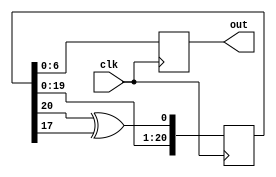
`timescale 1ns / 1ps
//////////////////////////////////////////////////////////////////////////////////
// Company: 
// Engineer: 
// 
// Design Name: 
// Module Name:    random_gen 
// Project Name: 
// Target Devices: 
// Tool versions: 
// Description: 
//
// Dependencies: 
//
// Revision: 
// Revision 0.01 - File Created
// Additional Comments: 
//
//////////////////////////////////////////////////////////////////////////////////
module random_gen(
	input clk, 
	output reg [6:0] out
    );
	 
	 reg [20:0] rand;
	 initial rand = ~(20'b0);
	 reg [20:0] rand_next;
	 wire feed;
	 
	 assign feed = rand[20] ^ rand[17];
	 
	 always @ (posedge clk)
	 begin
		rand <= rand_next;
		out = rand[6:0];
	 end
	 
	 always @ (*)
	 begin
		rand_next = {rand[19:0], feed};
	 end

endmodule